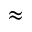
\approx